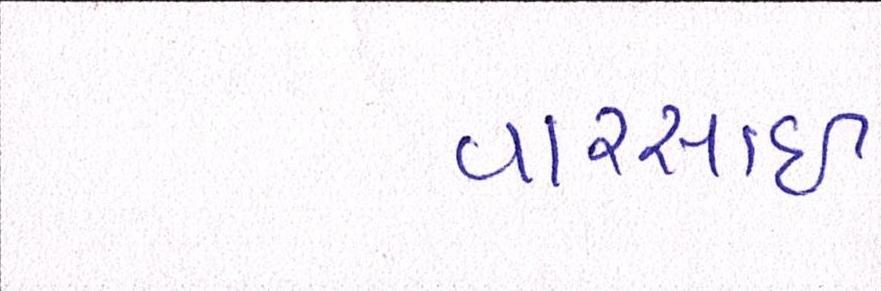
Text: વારસાઇ